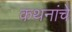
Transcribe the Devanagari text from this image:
कथनांचे